Vaccination in Burma 1920-1933 - 1920-1933
Year: 1920
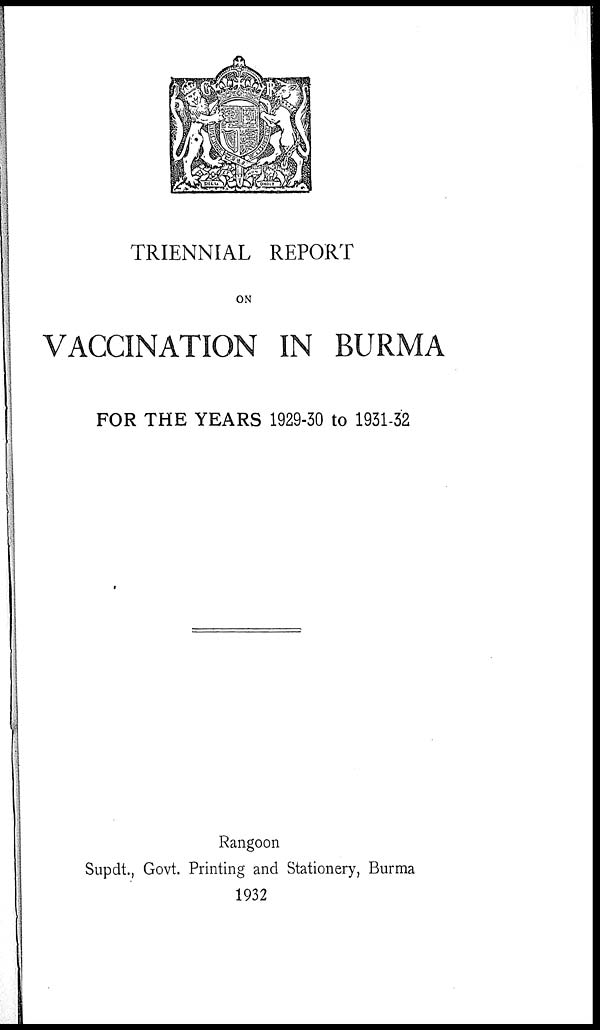
TRIENNIAL REPORT
ON
VACCINATION IN BURMA
FOR THE YEARS 1929-30 to 1931-32
Rangoon
Supdt., Govt. Printing and Stationery, Burma
1932